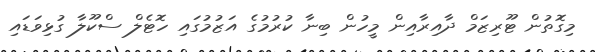
މިގޮތުން ޓޫރިޒަމް ދާއިރާއިން މީހުން ބިނާ ކުރުމުގެ އަޒުމުގައި ހޮޓެލް ސްކޫލާ ގުޅިވަޑައި